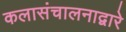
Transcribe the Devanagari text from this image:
कलासंचालनाद्वारे